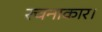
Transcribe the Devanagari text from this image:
रचनाकार।